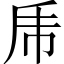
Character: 乕